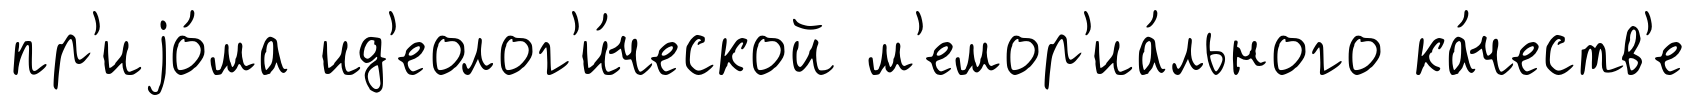
пр'иjо́ма ид'еолог'и́ческой м'емор'иа́льного ка́честв'е